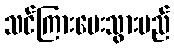
သင်ကြားပေးသွားမည်